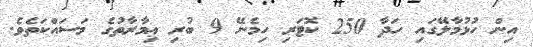
އިން ހުޅުމާލޭގައި ހަދާ 250 ކޮޓަރި ހިމެނޭ 9 ބުރި ޢިމާރާތުގެ މަސައްކަތެވެ.